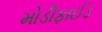
મોડીફાઈડ